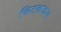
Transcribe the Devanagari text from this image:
किटकजन्य